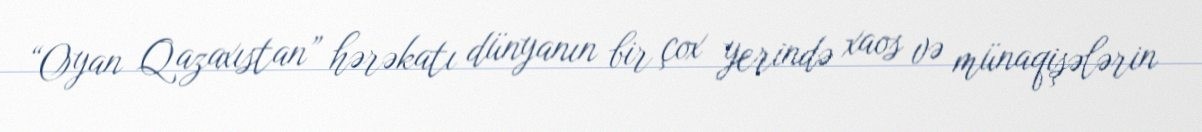
“Oyan Qazaxıstan” hərəkatı dünyanın bir çox yerində xaos və münaqişələrin